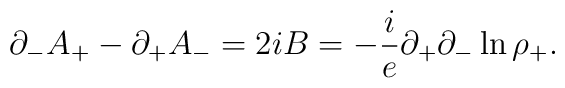
{\partial}_- A_+ - {\partial}_+ A_- =  2iB =  -{i \over e}{\partial}_+{\partial}_- \ln{{\rho}_+}.